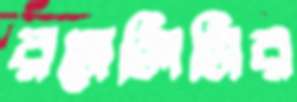
রসেলিনির